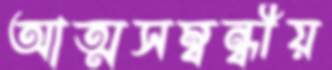
আত্মসম্বন্ধীয়